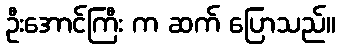
ဦးအောင်ကြီး က ဆက် ပြောသည်။